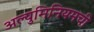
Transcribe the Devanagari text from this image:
अल्युमिनियमची